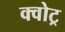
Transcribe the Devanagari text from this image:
क्वोट्र